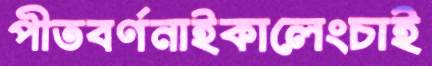
পীতবর্ণনাইকালেংচাই